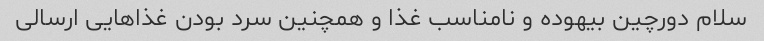
سلام دورچین بیهوده و نامناسب غذا و همچنین سرد بودن غذاهایی ارسالی